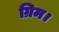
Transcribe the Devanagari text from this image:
ग्रिम।